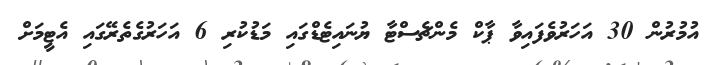
އުމުރުން 30 އަހަރުވެފައިވާ ޕާކް މެންޗެސްޓާ ޔުނައިޓެޑްގައި މަޑުކުރި 6 އަހަރުގެތެރޭގައި އެޓީމަށް